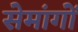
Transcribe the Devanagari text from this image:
सेमांगों